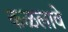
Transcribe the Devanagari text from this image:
कळलावे